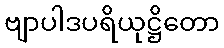
ဗျာပါဒပရိယုဋ္ဌိတော